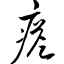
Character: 瘩